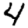
Digit: 4